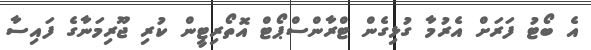
އެ ބޯޓު ފަރަށް އެރުމާ ގުޅިގެން ޓްރާންސްޕޯޓް އޮތޯރިޓީން ކުރި ޖޫރިމަނާގެ ފައިސާ